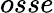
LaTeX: osse